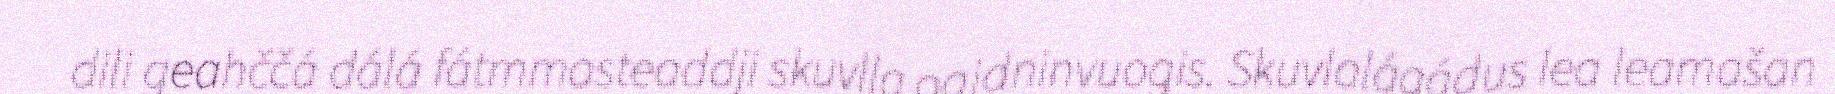
dili geahččá dálá fátmmasteaddji skuvlla oaidninvuogis. Skuvlalágádus lea leamašan